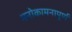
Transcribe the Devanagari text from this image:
मनोकामनापूर्ण